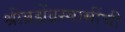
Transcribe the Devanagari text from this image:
श्रीब्रह्मेंद्रस्वामींची